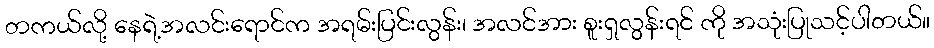
တကယ်လို့ နေရဲ့အလင်းရောင်က အရမ်းပြင်းလွန်း၊ အလင်အား စူးရှလွန်းရင် ကို အသုံးပြုသင့်ပါတယ်။